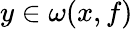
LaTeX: y\in\omega(x,f)